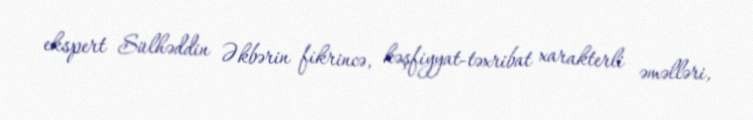
ekspert Sülhəddin Əkbərin fikrincə, kəşfiyyat-təxribat xarakterli əməlləri,